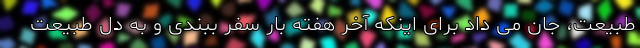
طبیعت، جان می داد برای اینکه آخر هفته بار سفر ببندی و به دل طبیعت